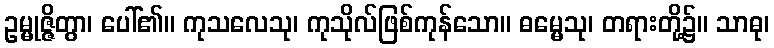
ဥမ္မုဇ္ဇိတွာ၊ ပေါ်၏။ ကုသလေသု၊ ကုသိုလ်ဖြစ်ကုန်သော။ ဓမ္မေသု၊ တရားတို့၌။ သာဓု၊